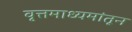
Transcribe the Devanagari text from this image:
वृत्तमाध्यमांतून